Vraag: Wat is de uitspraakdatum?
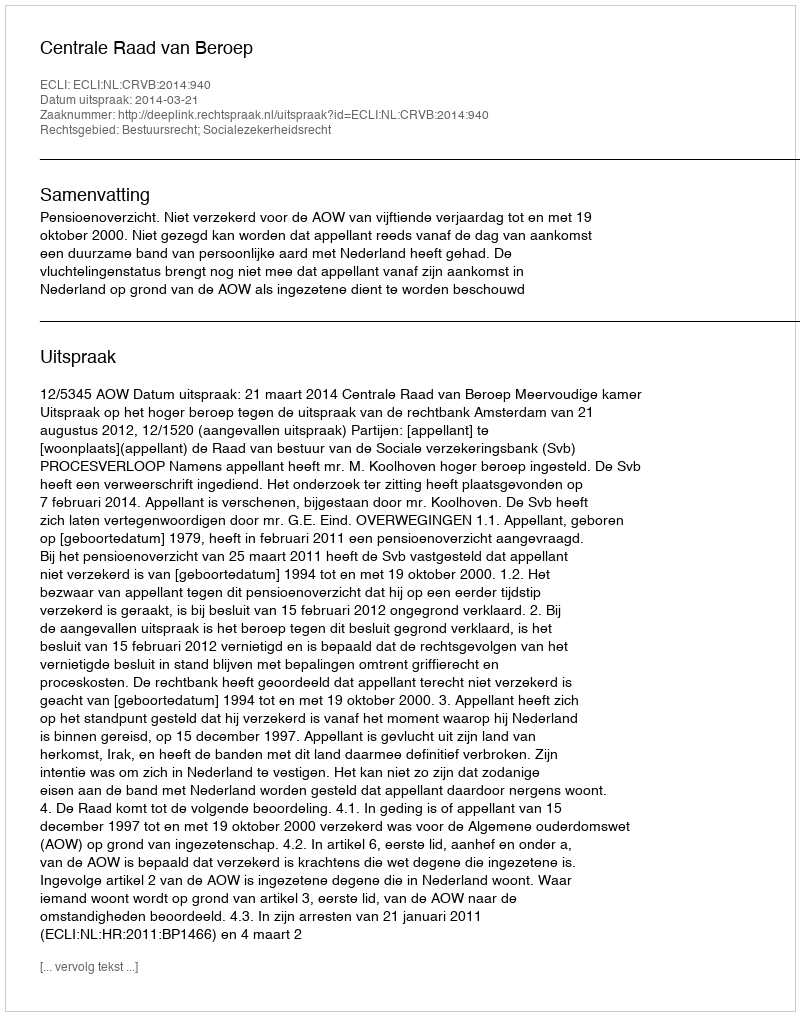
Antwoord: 2014-03-21